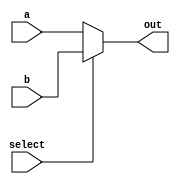
/*
Basic 2:1 32-bit multiplexer unit
*/
module basemux(a, b, select, out);
input select;
input [31:0] a, b;
output [31:0] out;

//output a if select = true, b if select = false
assign out = select ? b : a;
endmodule